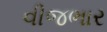
વીજભાર